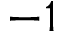
- 1